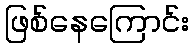
ဖြစ်နေကြောင်း